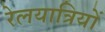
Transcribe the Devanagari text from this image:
रेलयात्रियों